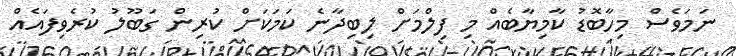
ނަމަވެސް މިހާބޮޑު ކާމިޔާބެއް މި ފިލްމަށް ލިބިދާނެ ކަމަކަށް ކުރިން ގަބޫލު ކުރެވިފައެއް